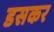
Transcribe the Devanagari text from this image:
डसकर